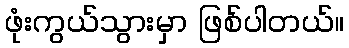
ဖုံးကွယ်သွားမှာ ဖြစ်ပါတယ်။